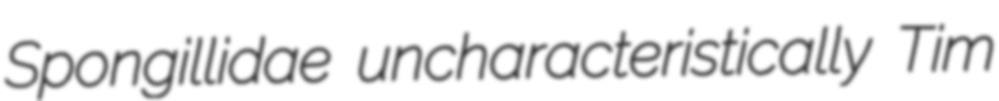
Spongillidae uncharacteristically Tim